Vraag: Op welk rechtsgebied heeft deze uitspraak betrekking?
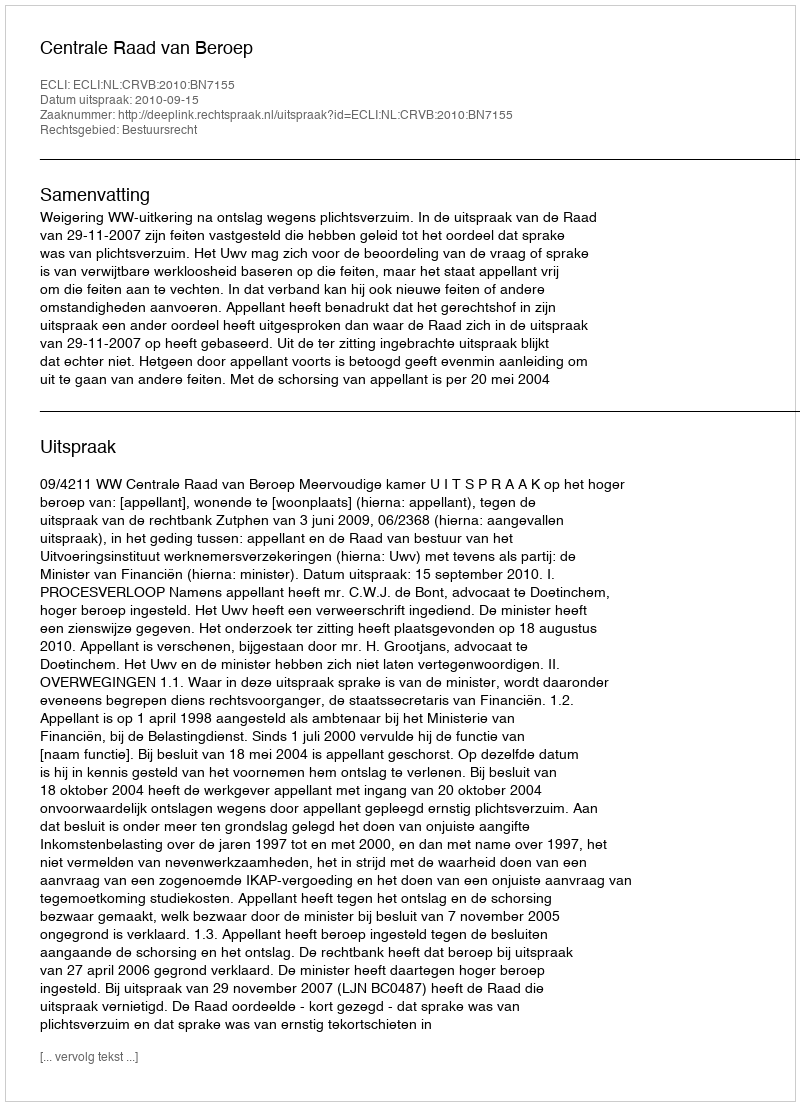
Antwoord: Bestuursrecht